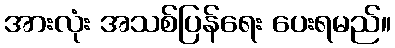
အားလုံး အသစ်ပြန်ရေး ပေးရမည်။